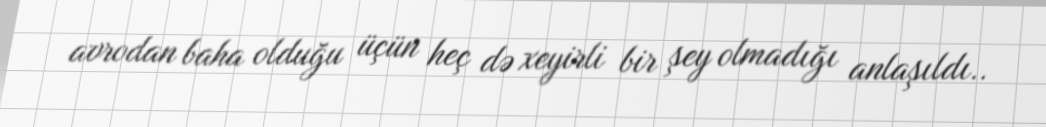
avrodan baha olduğu üçün heç də xeyirli bir şey olmadığı anlaşıldı..